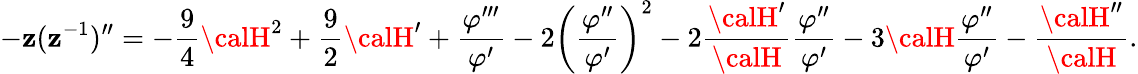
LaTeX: -\mathbf{z}(\mathbf{z}^{-1})^{\prime\prime}=-\frac{{9}}{{4}}{\calH}^{2}+\frac{{9}}{{2}}{\calH}^{\prime}+\frac{{\varphi^{\prime\prime\prime}}}{{\varphi^{\prime}}}-2\biggl(\frac{{\varphi^{\prime\prime}}}{{\varphi^{\prime}}}\biggr)^{2}-2\frac{{{\calH}^{\prime}}}{{\calH}}\frac{{\varphi^{\prime\prime}}}{{\varphi^{\prime}}}-3{\calH}\frac{{\varphi^{\prime\prime}}}{{\varphi^{\prime}}}-\frac{{{\calH}^{\prime\prime}}}{{\calH}}.